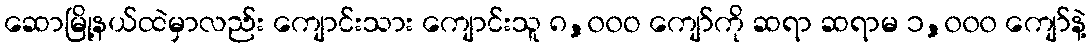
ဆောမြို့နယ်ထဲမှာလည်း ကျောင်းသား ကျောင်းသူ ၈,၀၀ဝ ကျော်ကို ဆရာ ဆရာမ ၁,၀၀၀ ကျော်နဲ့